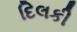
દિલકી